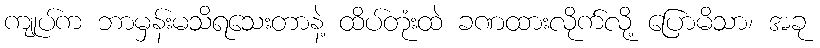
ကျုပ်က ဘာမှန်းမသိရသေးတာနဲ့ ထိပ်တုံးထဲ ခဏထားလိုက်လို့ ပြောမိသာ၊ အခု